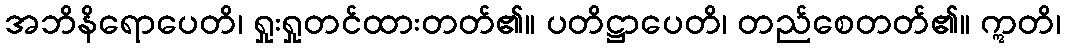
အဘိနိရောပေတိ၊ ရှုးရှုတင်ထားတတ်၏။ ပတိဋ္ဌာပေတိ၊ တည်စေတတ်၏။ ဣတိ၊